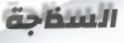
السذاجة